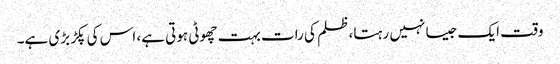
وقت ایک جیسا نہیں رہتا، ظلم کی رات بہت چھوٹی ہوتی ہے، اس کی پکڑ بڑی ہے۔